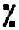
%